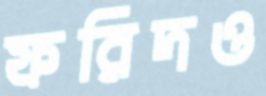
ফরিদও